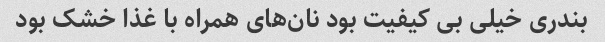
بندری خیلی بی کیفیت بود نان‌های همراه با غذا خشک بود